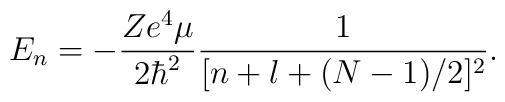
E_n=-\frac{Ze^4\mu}{2\hbar^2}\frac{1}{[n+l+(N-1)/2]^2}.